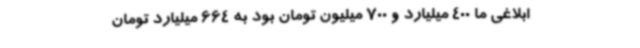
ابلاغی ما 400 میلیارد و 700 میلیون تومان بود به 664 میلیارد تومان